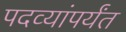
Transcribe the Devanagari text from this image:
पदव्यांपर्यंत